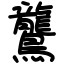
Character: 鸗